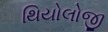
થિયોલોજી